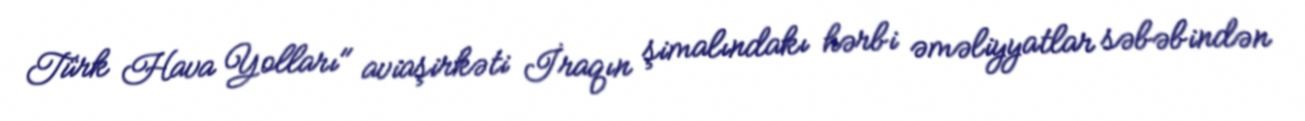
Türk Hava Yolları" aviaşirkəti İraqın şimalındakı hərbi əməliyyatlar səbəbindən